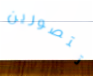
تتصورين